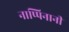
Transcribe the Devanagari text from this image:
नाप्पिनानी